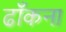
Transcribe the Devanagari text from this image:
ढाँकना